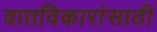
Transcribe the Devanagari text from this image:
वातविकारांसाठी